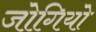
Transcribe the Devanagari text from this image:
जोगियो